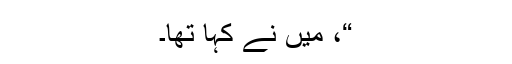
“، میں نے کہا تھا۔